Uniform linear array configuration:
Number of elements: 12
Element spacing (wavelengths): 0.5
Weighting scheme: kaiser
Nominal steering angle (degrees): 0
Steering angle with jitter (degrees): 0.3482
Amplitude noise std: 0.05
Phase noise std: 0.05

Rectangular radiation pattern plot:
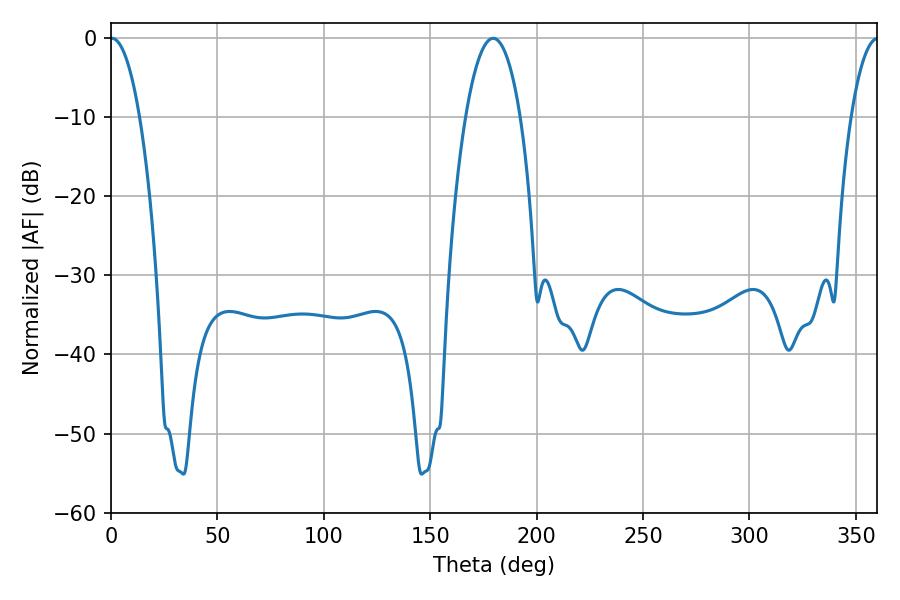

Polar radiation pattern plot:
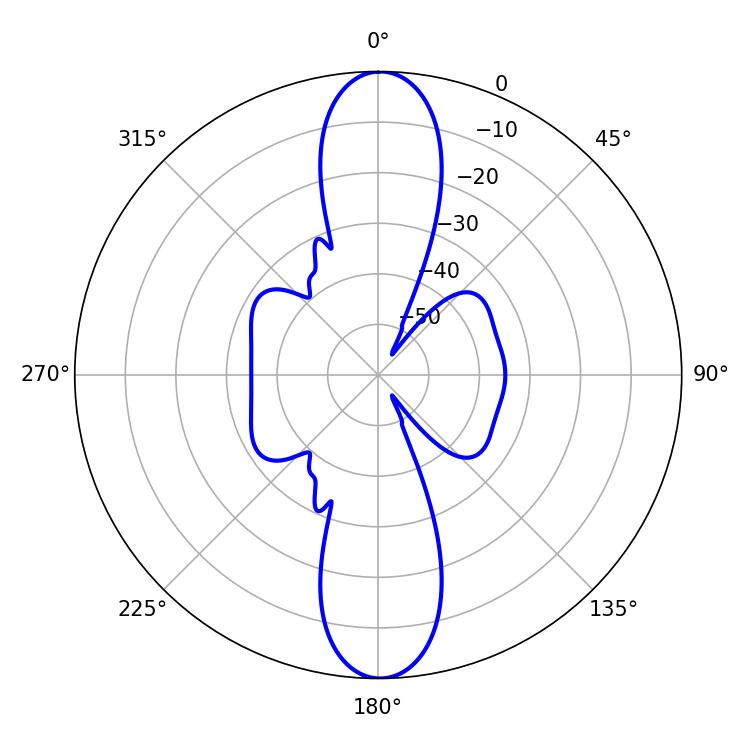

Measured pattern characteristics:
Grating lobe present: FALSE
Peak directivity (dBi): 26.483
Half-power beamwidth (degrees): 7.56
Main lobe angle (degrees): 0.36